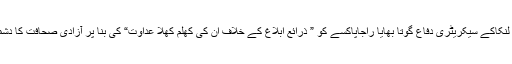
تنظیم نے سری لنکاکے سیکریٹری دفاع گوتا بھایا راجاپاکسے کو ” ذرائع اِبلاغ کے خلاف اُن کی کھلم کھلا عداوت“ کی بنا پر آزادیِ صحافت کا دشمن قرار دیا ہے۔